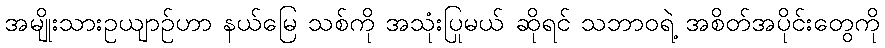
အမျိုးသားဥယျာဉ်ဟာ နယ်မြေ သစ်ကို အသုံးပြုမယ် ဆိုရင် သဘာဝရဲ့ အစိတ်အပိုင်းတွေကို